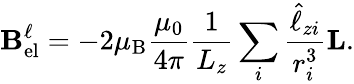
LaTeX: \mathbf{B}_{\mathrm{el}}^{\ell}=-2\mu_{\mathrm{B}}{\frac{\mu_{0}}{4\pi}}{\frac{1}{L_{z}}}\sum_{i}{\frac{{\hat{\ell}}_{zi}}{r_{i}^{3}}}\mathbf{L}.